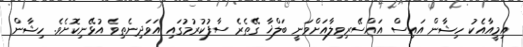
އިމީއާއެކު ހިޝާން އައިސް އައްސޭރިވިލާއަށްވަނީ ބަލްޚާ ގޭތެރެ ސާފުކުރުމުގައި އަވަދިނެތިވެ އުޅޭނިކޮށެވެ. ހިޝާން